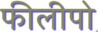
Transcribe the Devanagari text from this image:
फीलीपो